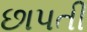
છાપતી